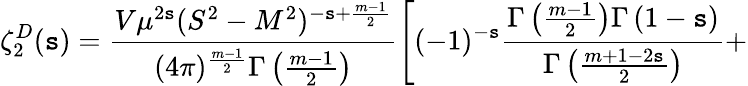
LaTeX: \zeta_{2}^{D}(\mathtt{s})=\frac{{V\mu^{2\mathtt{s}}(S^{2}-M^{2})^{-\mathtt{s}+\frac{{m-1}}{{2}}}}}{{(4\pi)^{\frac{{m-1}}{{2}}}\Gamma\left(\frac{{m-1}}{{2}}\right)}}\left[(-1)^{-\mathtt{s}}\frac{{\Gamma\left(\frac{{m-1}}{{2}}\right)\Gamma\left(1-\mathtt{s}\right)}}{{\Gamma\left(\frac{{m+1-2\mathtt{s}}}{{2}}\right)}}+\right.